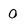
Character: 0